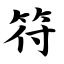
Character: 符